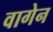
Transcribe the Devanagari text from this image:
वागेन